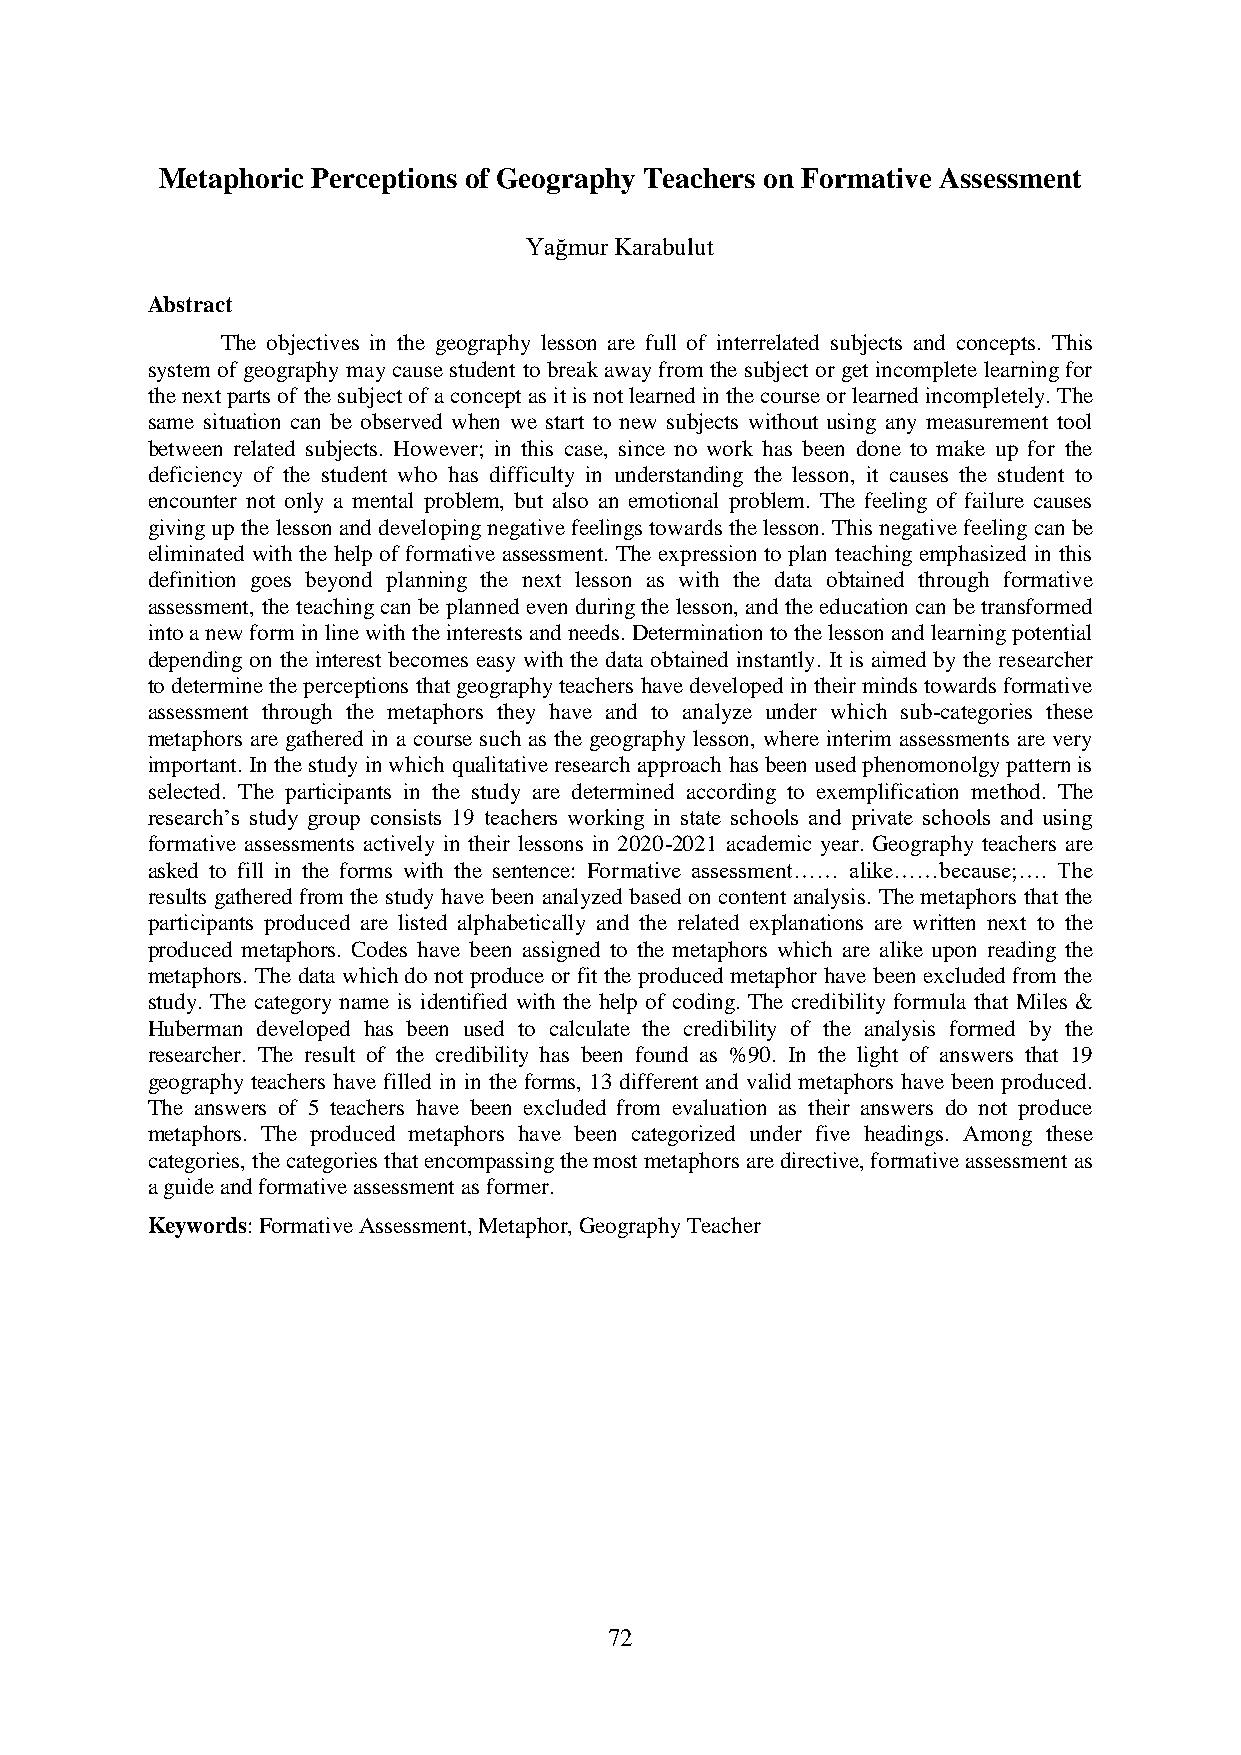
Metaphoric Perceptions of Geography Teachers on Formative Assessment
 Yağmur Karabulut
 Abstract
 The objectives in the geography lesson are full of interrelated subjects and concepts. This
 system of geography may cause student to break away from the subject or get incomplete learning for
 the next parts of the subject of a concept as it is not learned in the course or learned incompletely. The
 same situation can be observed when we start to new subjects without using any measurement tool
 between related subjects. However; in this case, since no work has been done to make up for the
 deficiency of the student who has difficulty in understanding the lesson, it causes the student to
 encounter not only a mental problem, but also an emotional problem. The feeling of failure causes
 giving up the lesson and developing negative feelings towards the lesson. This negative feeling can be
 eliminated with the help of formative assessment. The expression to plan teaching emphasized in this
 definition goes beyond planning the next lesson as with the data obtained through formative
 assessment, the teaching can be planned even during the lesson, and the education can be transformed
 into a new form in line with the interests and needs. Determination to the lesson and learning potential
 depending on the interest becomes easy with the data obtained instantly. It is aimed by the researcher
 to determine the perceptions that geography teachers have developed in their minds towards formative
 assessment through the metaphors they have and to analyze under which sub-categories these
 metaphors are gathered in a course such as the geography lesson, where interim assessments are very
 important. In the study in which qualitative research approach has been used phenomonolgy pattern is
 selected. The participants in the study are determined according to exemplification method. The
 research’s study group consists 19 teachers working in state schools and private schools and using
 formative assessments actively in their lessons in 2020-2021 academic year. Geography teachers are
 asked to fill in the forms with the sentence: Formative assessment…… alike……because;…. The
 results gathered from the study have been analyzed based on content analysis. The metaphors that the
 participants produced are listed alphabetically and the related explanations are written next to the
 produced metaphors. Codes have been assigned to the metaphors which are alike upon reading the
 metaphors. The data which do not produce or fit the produced metaphor have been excluded from the
 study. The category name is identified with the help of coding. The credibility formula that Miles &
 Huberman developed has been used to calculate the credibility of the analysis formed by the
 researcher. The result of the credibility has been found as %90. In the light of answers that 19
 geography teachers have filled in in the forms, 13 different and valid metaphors have been produced.
 The answers of 5 teachers have been excluded from evaluation as their answers do not produce
 metaphors. The produced metaphors have been categorized under five headings. Among these
 categories, the categories that encompassing the most metaphors are directive, formative assessment as
 a guide and formative assessment as former.
 Keywords: Formative Assessment, Metaphor, Geography Teacher
 72